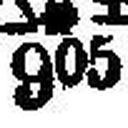
∆*± 905